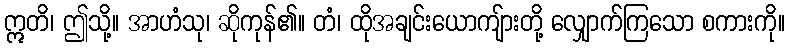
ဣတိ၊ ဤသို့။ အာဟံသု၊ ဆိုကုန်၏။ တံ၊ ထိုအချင်းယောကျ်ားတို့ လျှောက်ကြသော စကားကို။